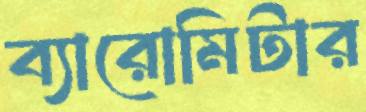
ব্যারোমিটার